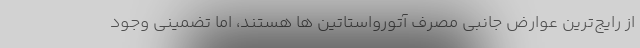
از رایج‌ترین عوارض جانبی مصرف آتورواستاتین ها هستند، اما تضمینی وجود